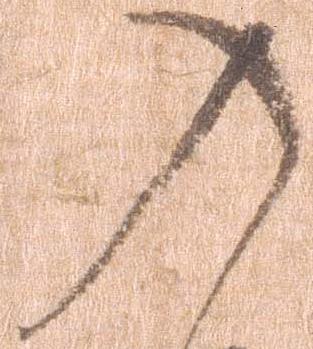
入